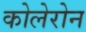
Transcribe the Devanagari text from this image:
कोलेरोन